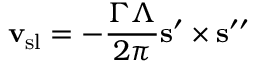
{ \bf v } _ { \mathrm { s l } } = - \frac { \Gamma \Lambda } { 2 \pi } { \bf s } ^ { \prime } \times { \bf s } ^ { \prime \prime }